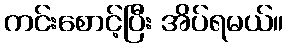
ကင်းစောင့်ပြီး အိပ်ရမယ်။